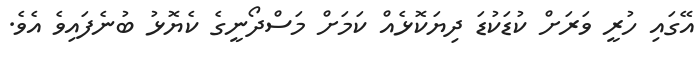
އޭގައި ހުރީ ވަރަށް ކުޑަކުޑަ ދިޔަކޮޅެއް ކަމަށް މަސްދޯނީގެ ކެޔޮޅު ބުނެފައިވެ އެވެ.